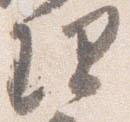
理